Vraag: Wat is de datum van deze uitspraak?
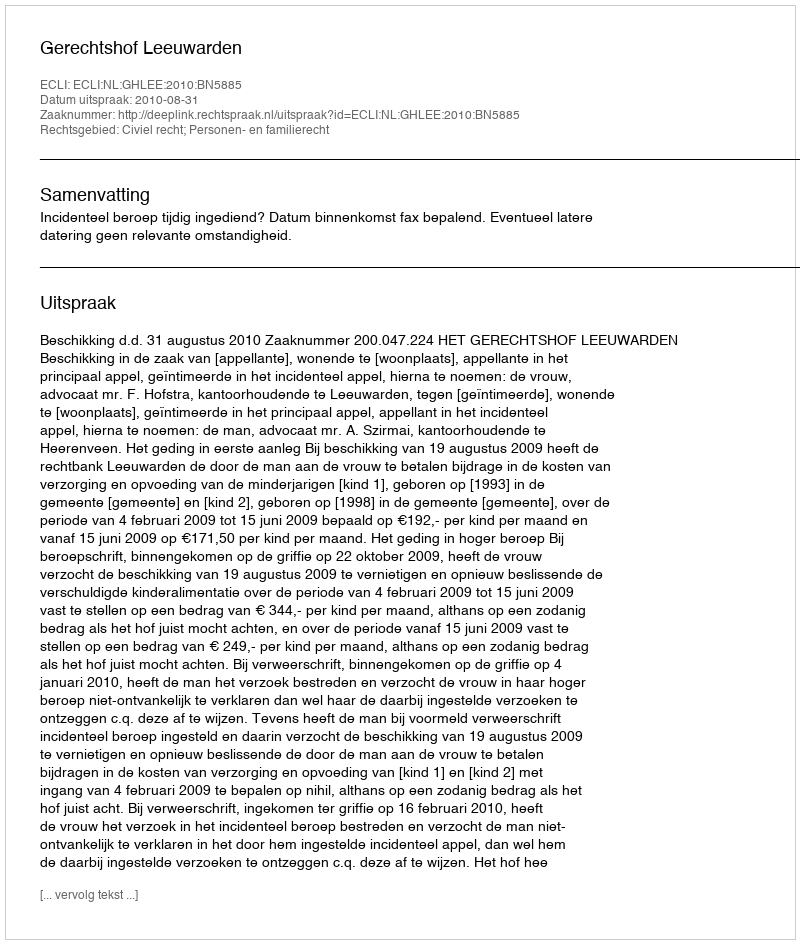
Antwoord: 2010-08-31